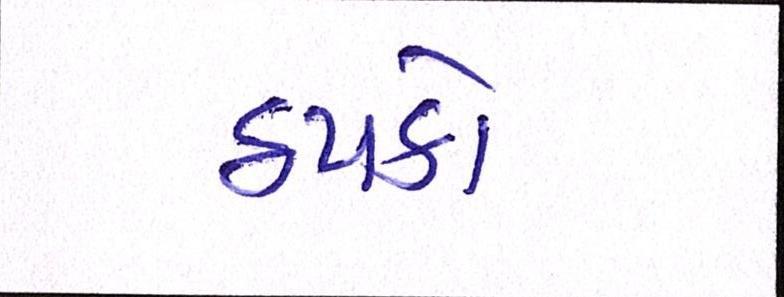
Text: ઠપકો